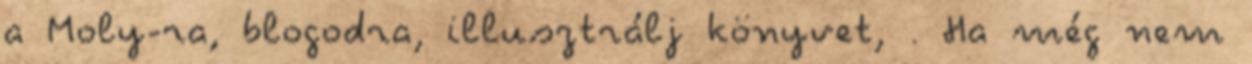
a Moly-ra, blogodra, illusztrálj könyvet, . Ha még nem